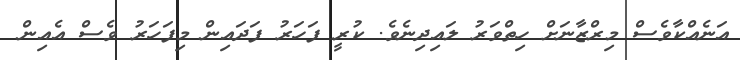
އަނެއްކާވެސް މިރްޒާނަށް ހިތްވަރު ލައިދިނެވެ. ކުރީ ފަހަރު ފަދައިން މިފަހަރު ވެސް އެއިން